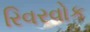
રિવરવોક